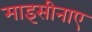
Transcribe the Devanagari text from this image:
माइसीनाए